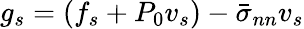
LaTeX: g_{s}=(f_{s}+P_{0}v_{s})-\bar{\sigma}_{nn}v_{s}